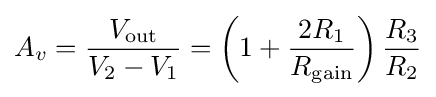
A_{v}={\frac {V_{\text{out}}}{V_{2}-V_{1}}}=\left(1+{\frac {2R_{1}}{R_{\text{gain}}}}\right){\frac {R_{3}}{R_{2}}}